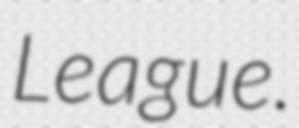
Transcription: League.